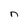
Character: n